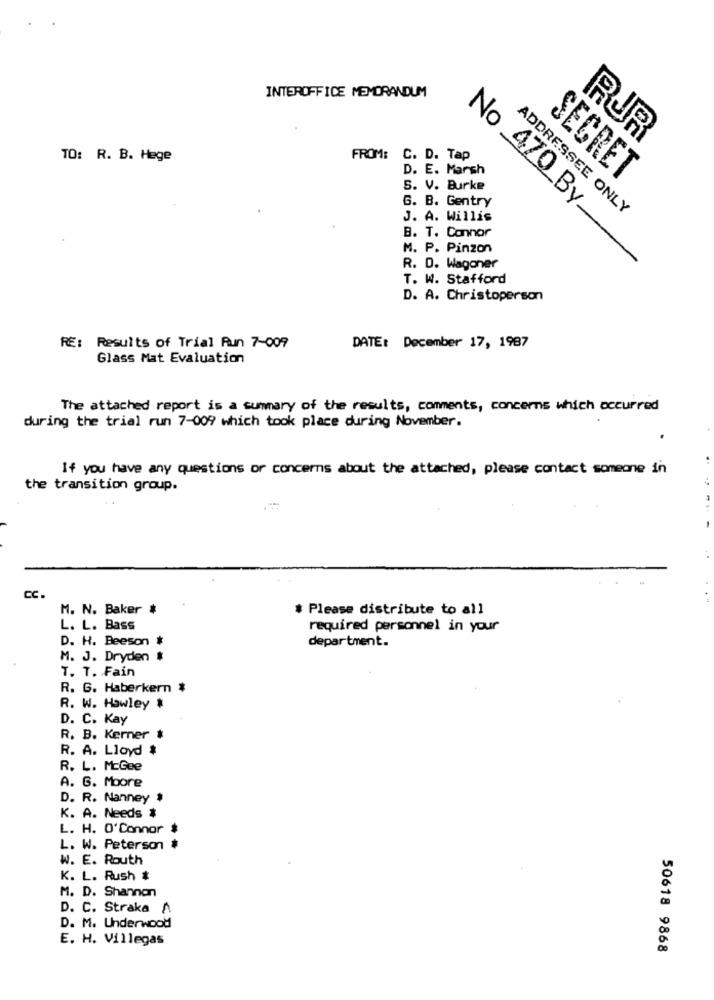
INTEROFFICE MEMORANDUM
RUR
TO: R. B. Hege
FROM: C. D. Tap
D. E. Marsh
SECRET
S. V. Burke
G. B. Gentry
ADDRESSEE ONLY
J. A. Willis
B. T. Connor
No 470 By
M. P. Pinzon
R. D. Wagoner
T. W. Stafford
D. A. Christoperson
RE: Results of Trial Run 7-009
DATE: December 17, 1987
Glass Mat Evaluation
The attached report is a summary of the results, comments, concerns which occurred
during the trial run 7-009 which took place during November.
If you have any questions or concerns about the attached, please contact someone in
the transition group.
CC
M. N. Baker
* Please distribute to all
L. L. Bass
required personnel in your
D. H. Beeson *
department.
M. J. Dryden
T. T. Fain
R. G. Haberkern *
R. W. Hawley #
D. C. Kay
R. B. Kerner &
R. A. Lloyd $
R. L. McGee
A. G. Moore
D. R. Nanney $
K. A. Needs $
L. H. O'Connor $
L. W. Peterson
W. E. Routh
K. L. Rush #
M. D. Shannon
D. C. Straka A
D. M. Underwood
E. H. Villegas
50618 9868